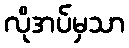
လိုအပ်မှသာ